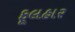
ફૂલહાર